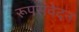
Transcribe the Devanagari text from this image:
रूपसंवेदन